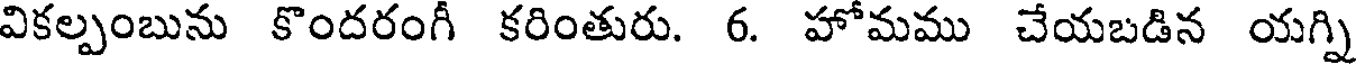
వికల్పంబును కొందరంగీ కరింతురు. 6. హోమము చేయబడిన యగ్ని